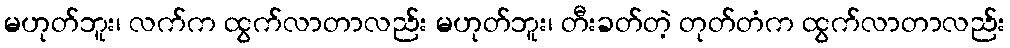
မဟုတ်ဘူး၊ လက်က ထွက်လာတာလည်း မဟုတ်ဘူး၊ တီးခတ်တဲ့ တုတ်တံက ထွက်လာတာလည်း